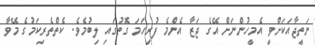
ނަތީޖާއަކަށްވީ އެމީހުންނަށް އޭގެ ޖަޒާ އެންމެ ފުރިހަމަ ގޮތުގައި ލިބުމެވެ. ކެތްތެރިކަމުގެ މޭވާ